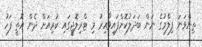
ތިންވަނަ ފިލްމުގެ ނަން ބަދަލުކޮށްފައިވާއިރު މި ޓްރިލޮޖީގައި ކުރިއަށް ދެން އޮތީ ފަހު